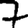
Digit: 7